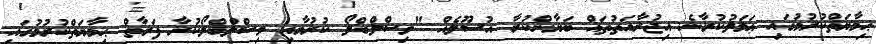
ޙިމާޔަތްކުރުމުގައި ޢަމަލުކުރާނެ އިޖުރާއަތުތައް ބަޔާންކުރާ އުސޫލެއް "ވިސްލްބްލޯ ކުރުމާއި ވިސްލްބްލޯކުރާ ފަރާތް ޙިމާޔަތްކުރުމުގައި